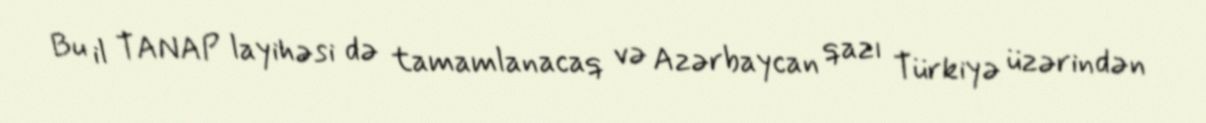
Bu il TANAP layihəsi də tamamlanacaq və Azərbaycan qazı Türkiyə üzərindən